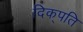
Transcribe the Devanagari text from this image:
दिक्‌पति